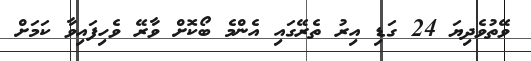
ވޭތުވެދިޔަ 24 ގަޑި އިރު ތެރޭގައި އެންމެ ބޯކޮށް ވާރޭ ވެހިފައިވާ ކަމަށް